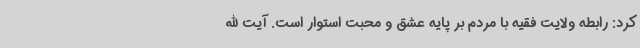
کرد: رابطه ولایت فقیه با مردم بر پایه عشق و محبت استوار است. آیت الله